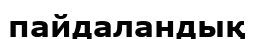
пайдаландық